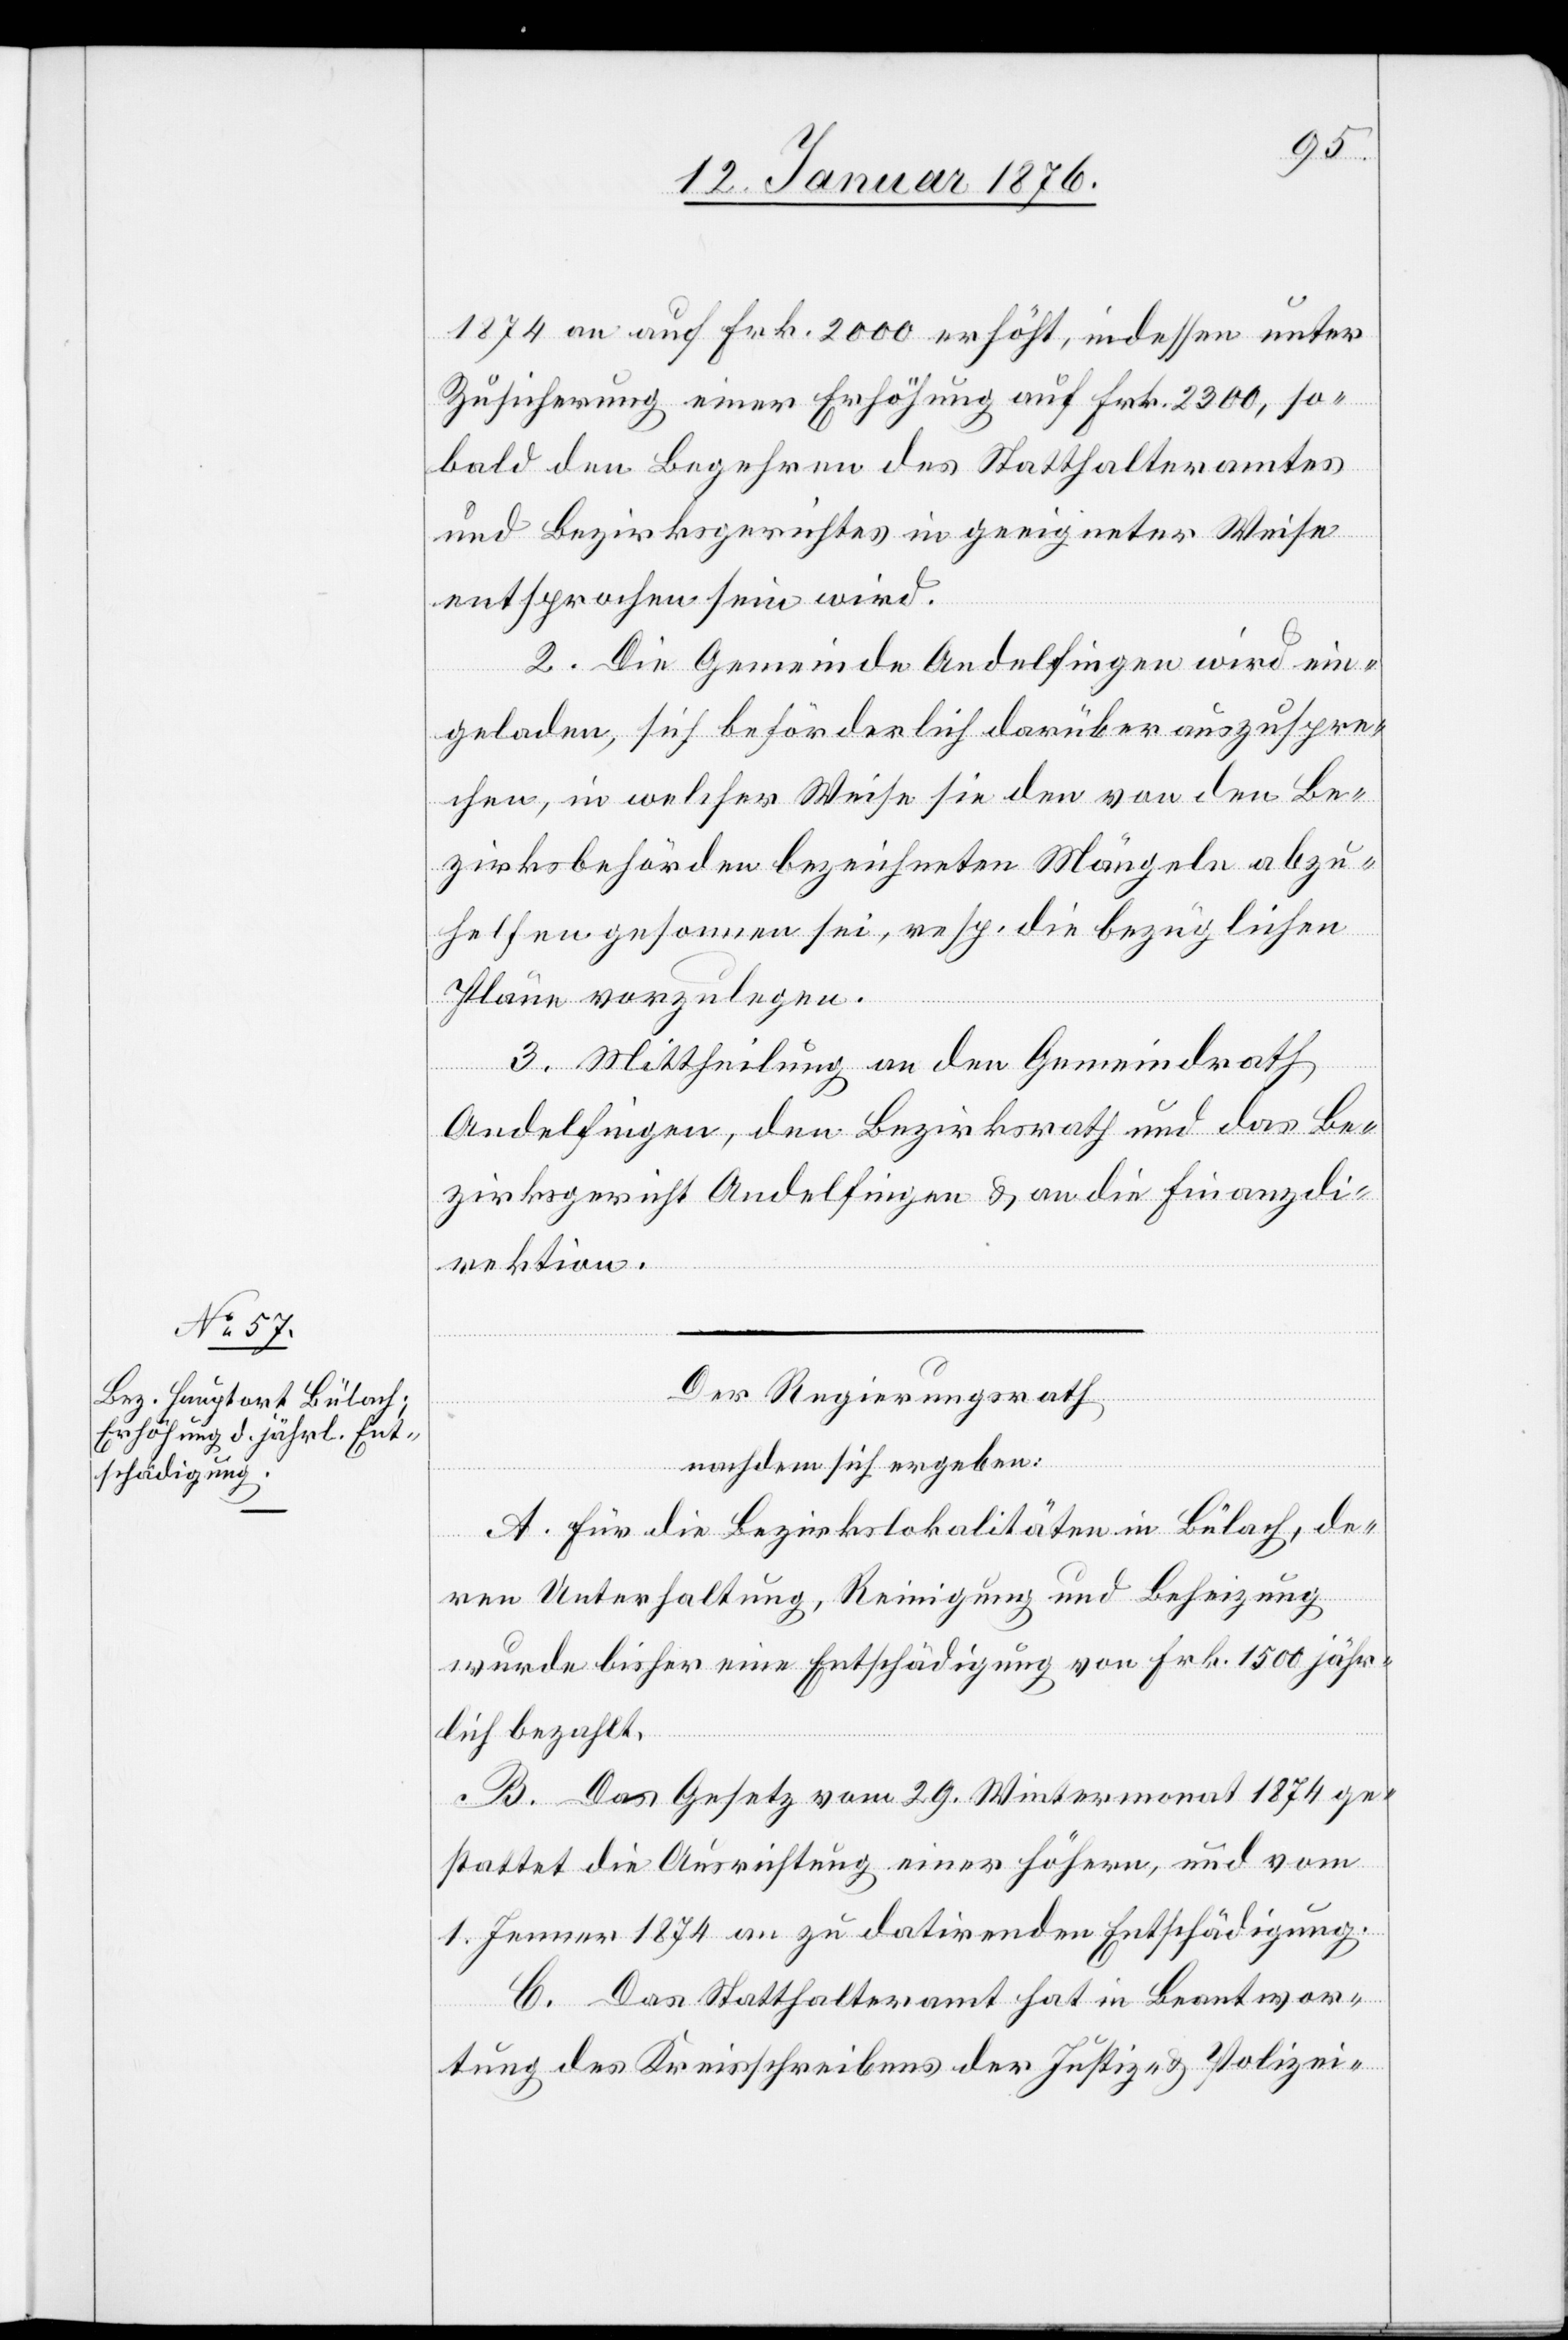
1874 an auf Frk. 2000 erhöht, indessen unter
Zusicherung einer Erhöhung auf Frk. 2300, so¬
bald den Begehren des Statthalteramtes
und Bezirksgerichtes in geeigneter Weise
entsprochen sein wird.
2. Die Gemeinde Andelfingen wird ein¬
geladen, sich beförderlich darüber auszuspre¬
chen, in welcher Weise sie den von den Be¬
zirksbehörden bezeichneten Mängeln abzu¬
helfen gesonnen sei, resp. die bezüglichen
Pläne vorzulegen.
3. Mittheilung an den Gemeindrath
Andelfingen, den Bezirksrath und das Be¬
zirksgericht Andelfingen u. an die Finanzdi¬
rektion.
Der Regierungsrath
nachdem sich ergeben:
A. Für die Bezirkslokalitäten in Bülach, de¬
ren Unterhaltung, Reinigung und Beheizung
wurde bisher eine Entschädigung von Frk. 1500 jähr¬
lich bezahlt.
B. Das Gesetz vom 29. Wintermonat 1874 ge¬
stattet die Ausrichtung einer höhern, und vom
1. Jenner 1874 an zu datirenden Entschädigung.
C. Das Statthalteramt hat in Beantwor¬
tung des Kreisschreibens der Justiz- u. Polizei-